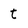
Character: t